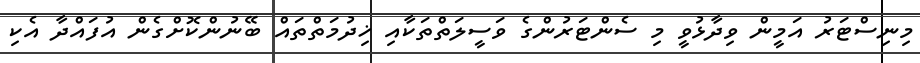
މިނިސްޓަރު އަމީން ވިދާޅުވީ މި ސެންޓަރުންގެ ވަސީލަތްތަކާއި ޚިދުމަތްތައް ބޭނުންކޮށްގެން އުފައްދާ އެކި